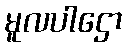
မူလပါဌော